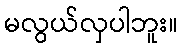
မလွယ်လှပါဘူး။